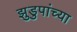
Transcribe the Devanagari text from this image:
झुडुपांच्या